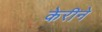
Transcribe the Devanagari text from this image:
केरीने